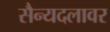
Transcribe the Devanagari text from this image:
सैन्यदलावर